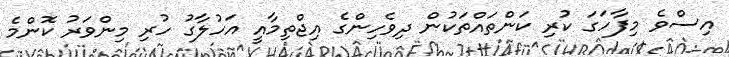
އިސްވެ މިފާހަގަ ކުރި ކަންތައްތަކުން ދިވެހިންގެ އިޖްތިމާއީ އަހުލާގު ހުރި މިންވަރު ކޮންމެ